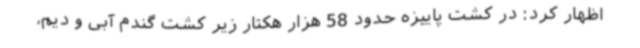
اظهار کرد: در کشت پاییزه حدود 58 هزار هکتار زیر کشت گندم آبی و دیم،